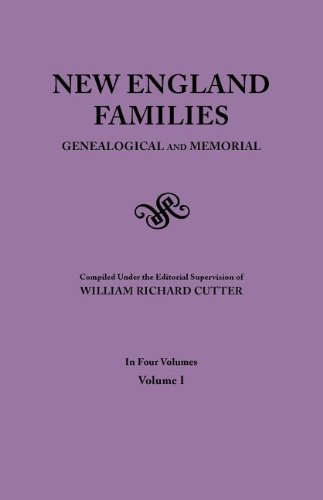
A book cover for New England Families. Genealogical and Memorial. 1913 Edition. In Four Volumes. Volume I; Reference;